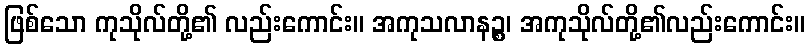
ဖြစ်သော ကုသိုလ်တို့၏ လည်းကောင်း။ အကုသလာနဉ္စ၊ အကုသိုလ်တို့၏လည်းကောင်း။